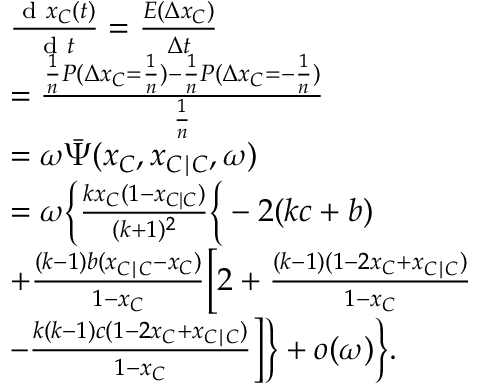
\begin{array} { r l } & { \frac { \textrm { d } x _ { C } ( t ) } { \textrm { d } t } = \frac { E ( \Delta x _ { C } ) } { \Delta t } } \\ & { = \frac { \frac { 1 } { n } P ( \Delta x _ { C } = \frac { 1 } { n } ) - \frac { 1 } { n } P ( \Delta x _ { C } = - \frac { 1 } { n } ) } { \frac { 1 } { n } } } \\ & { = \omega \bar { \Psi } ( x _ { C } , x _ { C \mid C } , \omega ) } \\ & { = \omega \bigg \{ \frac { k x _ { C } ( 1 - x _ { C | C } ) } { ( k + 1 ) ^ { 2 } } \Big \{ - 2 ( k c + b ) } \\ & { + \frac { ( k - 1 ) b ( x _ { C \mid C } - x _ { C } ) } { 1 - x _ { C } } \Big [ 2 + \frac { ( k - 1 ) ( 1 - 2 x _ { C } + x _ { C \mid C } ) } { 1 - x _ { C } } } \\ & { - \frac { k ( k - 1 ) c ( 1 - 2 x _ { C } + x _ { C \mid C } ) } { 1 - x _ { C } } \Big ] \Big \} + o ( \omega ) \bigg \} . } \end{array}